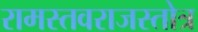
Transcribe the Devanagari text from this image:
रामस्तवराजस्तोत्र